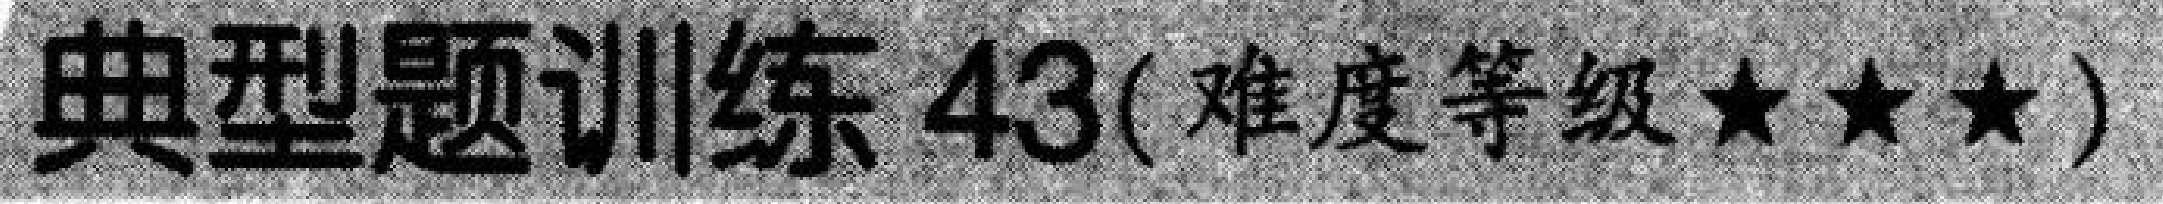
典型题训练 \(43\)( 难度等级 \(\star\star\star\))